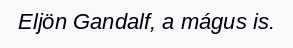
Eljön Gandalf, a mágus is.